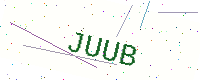
Text: JUUB